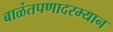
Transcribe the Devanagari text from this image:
बाळंतपणादरम्यान